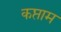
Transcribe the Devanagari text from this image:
कप्ताम